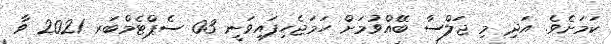
ކަމަށެވެ. އަދި މި ޖަލްސާ ބޭއްވުމަށް ހަމަޖެހިފައިވަނީ 03 ސެޕްޓެމްބަރ 2021 ވާ